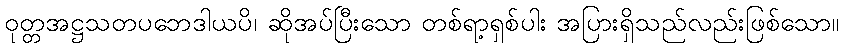
ဝုတ္တအဋ္ဌသတပဘေဒါယပိ၊ ဆိုအပ်ပြီးသော တစ်ရာ့ရှစ်ပါး အပြားရှိသည်လည်းဖြစ်သော။